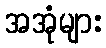
အအုံများ